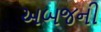
અબજની